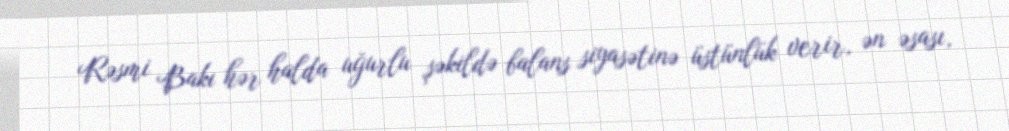
Rəsmi Bakı hər halda uğurlu şəkildə balans siyasətinə üstünlük verir, ən əsası,